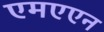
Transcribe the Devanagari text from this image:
एमएएन